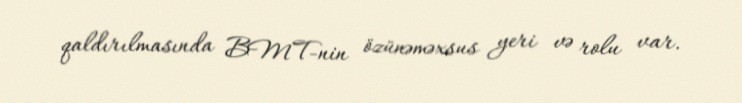
qaldırılmasında BMT-nin özünəməxsus yeri və rolu var.